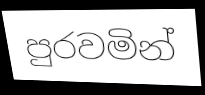
පුරවමින්